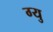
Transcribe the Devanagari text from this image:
ग्यु